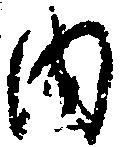
内